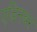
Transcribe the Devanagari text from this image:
एडिनबर